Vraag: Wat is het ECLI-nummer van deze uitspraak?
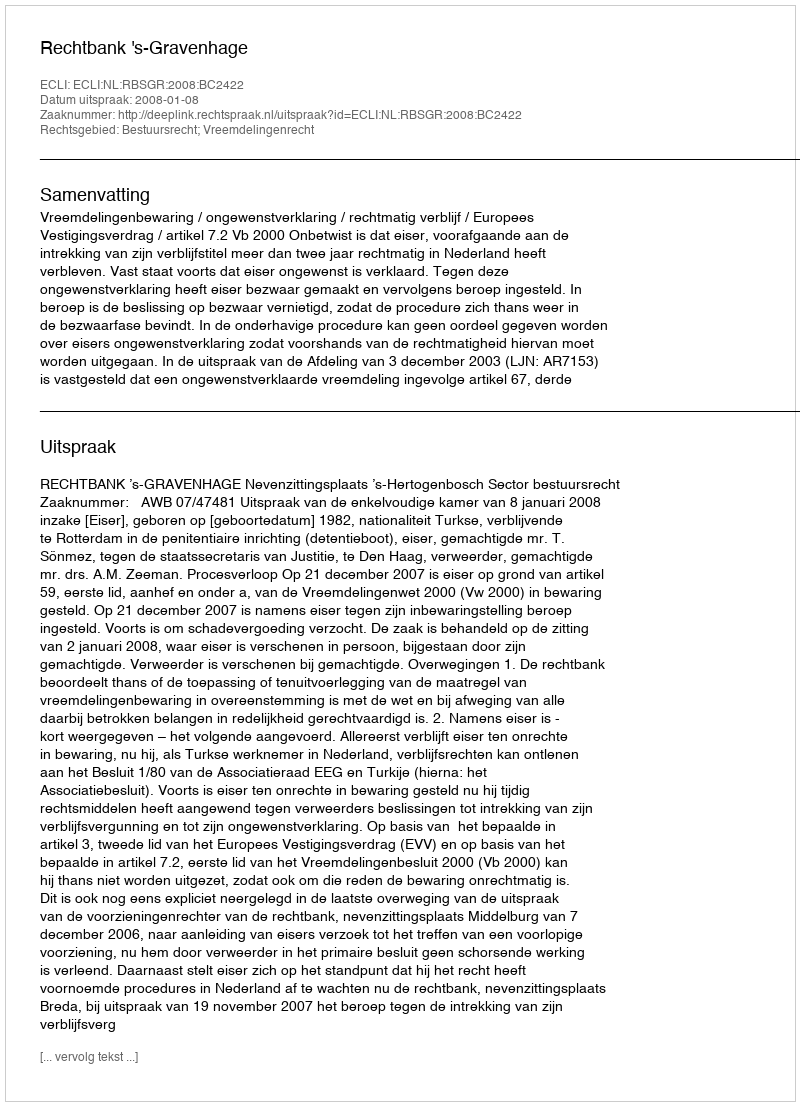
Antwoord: ECLI:NL:RBSGR:2008:BC2422